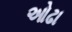
ઓઢા